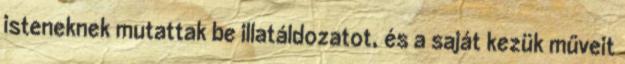
isteneknek mutattak be illatáldozatot, és a saját kezük műveit